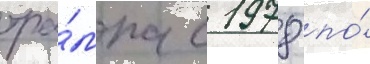
тра́мпа с 1978 по́